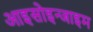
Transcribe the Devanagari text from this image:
आइसोइन्जाइम